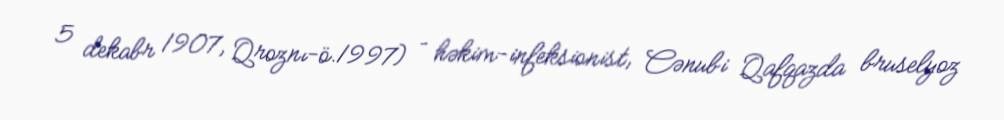
5 dekabr 1907, Qroznı-ö.1997) – həkim-infeksionist, Cənubi Qafqazda bruselyoz